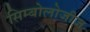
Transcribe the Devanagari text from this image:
सिम्बोलोजीज़